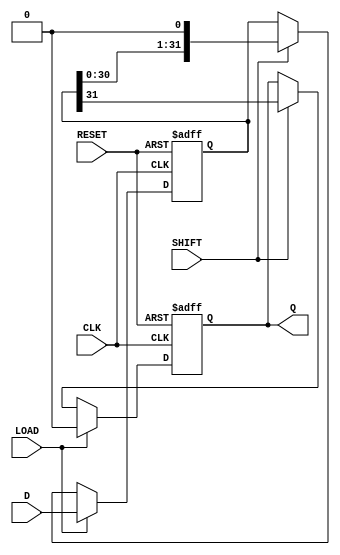
module piso_register (
    input wire [31:0] D,      // 32-bit data input
    input wire LOAD,          // Load control signal
    input wire SHIFT,         // Shift control signal
    input wire CLK,           // Clock signal
    input wire RESET,         // Asynchronous reset signal
    output reg Q              // Serial output
);

    reg [31:0] shift_reg;     // Shift register to hold the data

    always @(posedge CLK or posedge RESET) begin
        if (RESET) begin
            shift_reg <= 32'b0; // Clear the shift register
            Q <= 1'b0;          // Clear the output
        end else if (LOAD) begin
            shift_reg <= D;     // Load data into the shift register
            Q <= 1'b0;          // Ensure output is cleared during load
        end else if (SHIFT) begin
            Q <= shift_reg[31]; // Output the MSB
            shift_reg <= {shift_reg[30:0], 1'b0}; // Shift right
        end
    end

endmodule